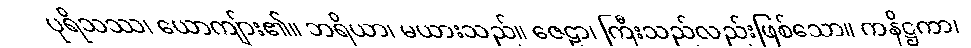
ပုရိသဿ၊ ယောကျ်ား၏။ ဘရိယာ၊ မယားသည်။ ဇေဠာ၊ ကြီးသည်လည်းဖြစ်သော။ ကနိဋ္ဌကာ၊